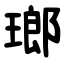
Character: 瑯